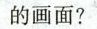
的画面?